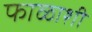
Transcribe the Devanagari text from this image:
फाळाशी